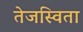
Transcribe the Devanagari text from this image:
तेजस्‍विता